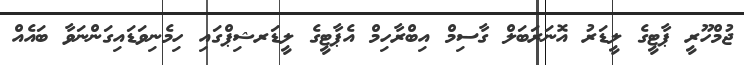
ޖުމްހޫރީ ޕާޓީގެ ލީޑަރު އޮނަރަބަލް ގާސިމް އިބްރާހިމް އެޕާޓީގެ ލީޑަރޝިޕްގައި ހިމެނިވަޑައިގަންނަވާ ބައެއް